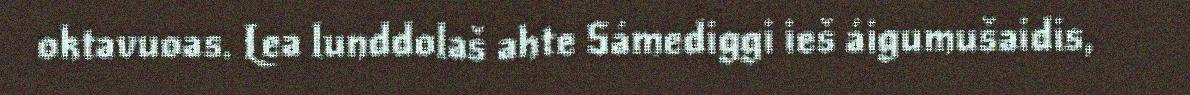
oktavuoas. Lea lunddolaš ahte Sámediggi ieš áigumušaidis,